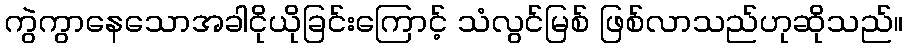
ကွဲကွာနေသောအခါငိုယိုခြင်းကြောင့် သံလွင်မြစ် ဖြစ်လာသည်ဟုဆိုသည်။